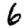
Digit: 6